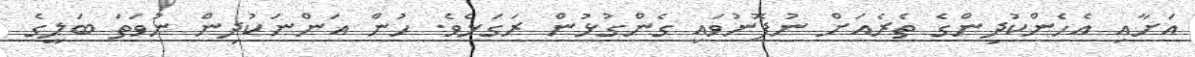
އަށާއި އެހެންކުދިންގެ ތެރެއަށް ނުފޮނުވައި ގެންގުޅުން ރަގަޅެވެ. ހުން އަންނަކުދިން ނުވަތަ ބަލީގެ